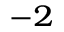
^ { - 2 }